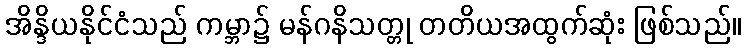
အိန္ဒိယနိုင်ငံသည် ကမ္ဘာ၌ မန်ဂနိသတ္တု တတိယအထွက်ဆုံး ဖြစ်သည်။